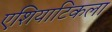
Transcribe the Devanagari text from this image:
एशियाटिकला